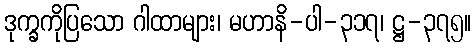
ဒုက္ခကိုပြသော ဂါထာများ၊ မဟာနိ-ပါ-၃၁၇၊ ဋ္ဌ-၃၇၅။